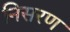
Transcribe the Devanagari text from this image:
निसरण